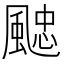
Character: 𩗻